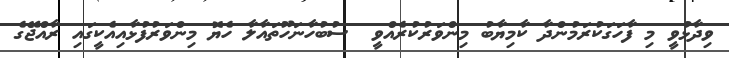
ވިދާޅުވީ މި ފާހަގަކުރަމުންދާ ކާމިޔާބު މިންވަރުކުރެއްވީ  ސުބުހާނަހޫތައާލާ ހެޔޮ މިންވަރުފުޅާއިއެކީގައި ރާއްޖޭގެ